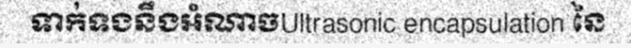
ទាក់ទងនឹងអំណាចUltrasonic encapsulation នៃ